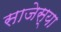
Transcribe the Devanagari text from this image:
साजेस्या